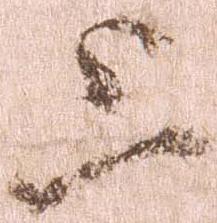
上